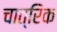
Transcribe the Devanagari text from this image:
चात्रिक